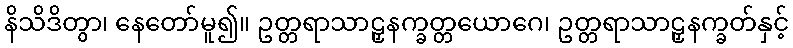
နိသိဒိတွာ၊ နေတော်မူ၍။ ဥတ္တရာသာဠှနက္ခတ္တယောဂေ၊ ဥတ္တရာသာဠှနက္ခတ်နှင့်